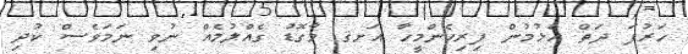
ހަރުފަ ދަތް އެޅުމުން ފިރިހެންމީހާ އަށޤ މާގޮޑު ގެއްލުމެއް ނުވި ނަމަވެސް ކުދި